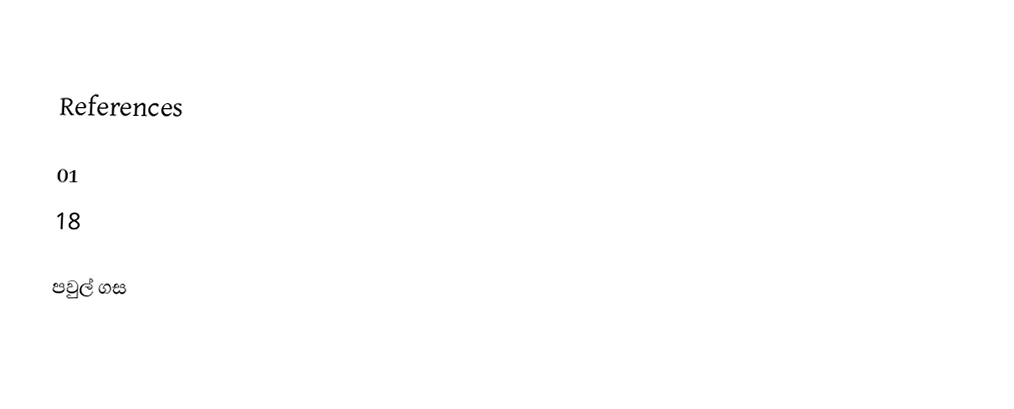

References

 01
18

පවුල් ගස